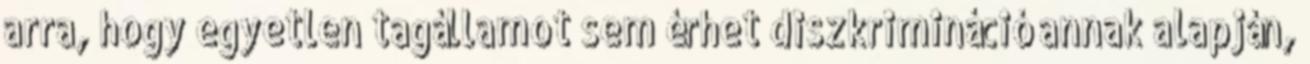
arra, hogy egyetlen tagállamot sem érhet diszkrimináció annak alapján,